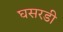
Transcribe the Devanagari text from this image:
घसरडी